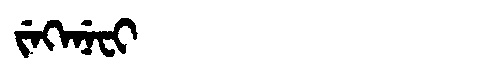
Manchu: ᠵᡝᡴᡝᠨᡝᠸᡳ
Romanization: JEKENEFI